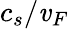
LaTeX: c_{s}/\mathit{v}_{F}